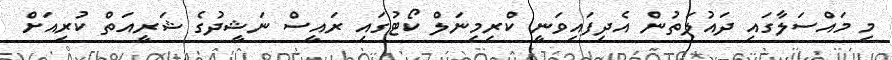
މި މައްސަލާގައި ދައުލަތުން އެދިފައިވަނީ ކްރިމިނަލް ކޯޓުގައި ރައީސް ނަޝީދުގެ ޝަރީއަތް ކުރިއަށް